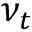
\nu _ { t }